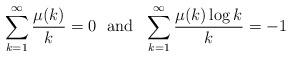
LaTeX: \begin{align*}\sum_{k=1}^\infty \frac{\mu(k)}{k}=0 \ \ \mathrm{and} \ \ \sum_{k=1}^\infty\frac{\mu(k)\log k}{k}=-1\end{align*}